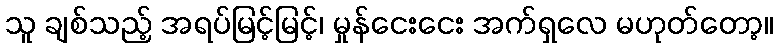
သူ ချစ်သည့် အရပ်မြင့်မြင့်၊ မှုန်ငေးငေး အက်ရှလေ မဟုတ်တော့။